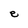
Character: e